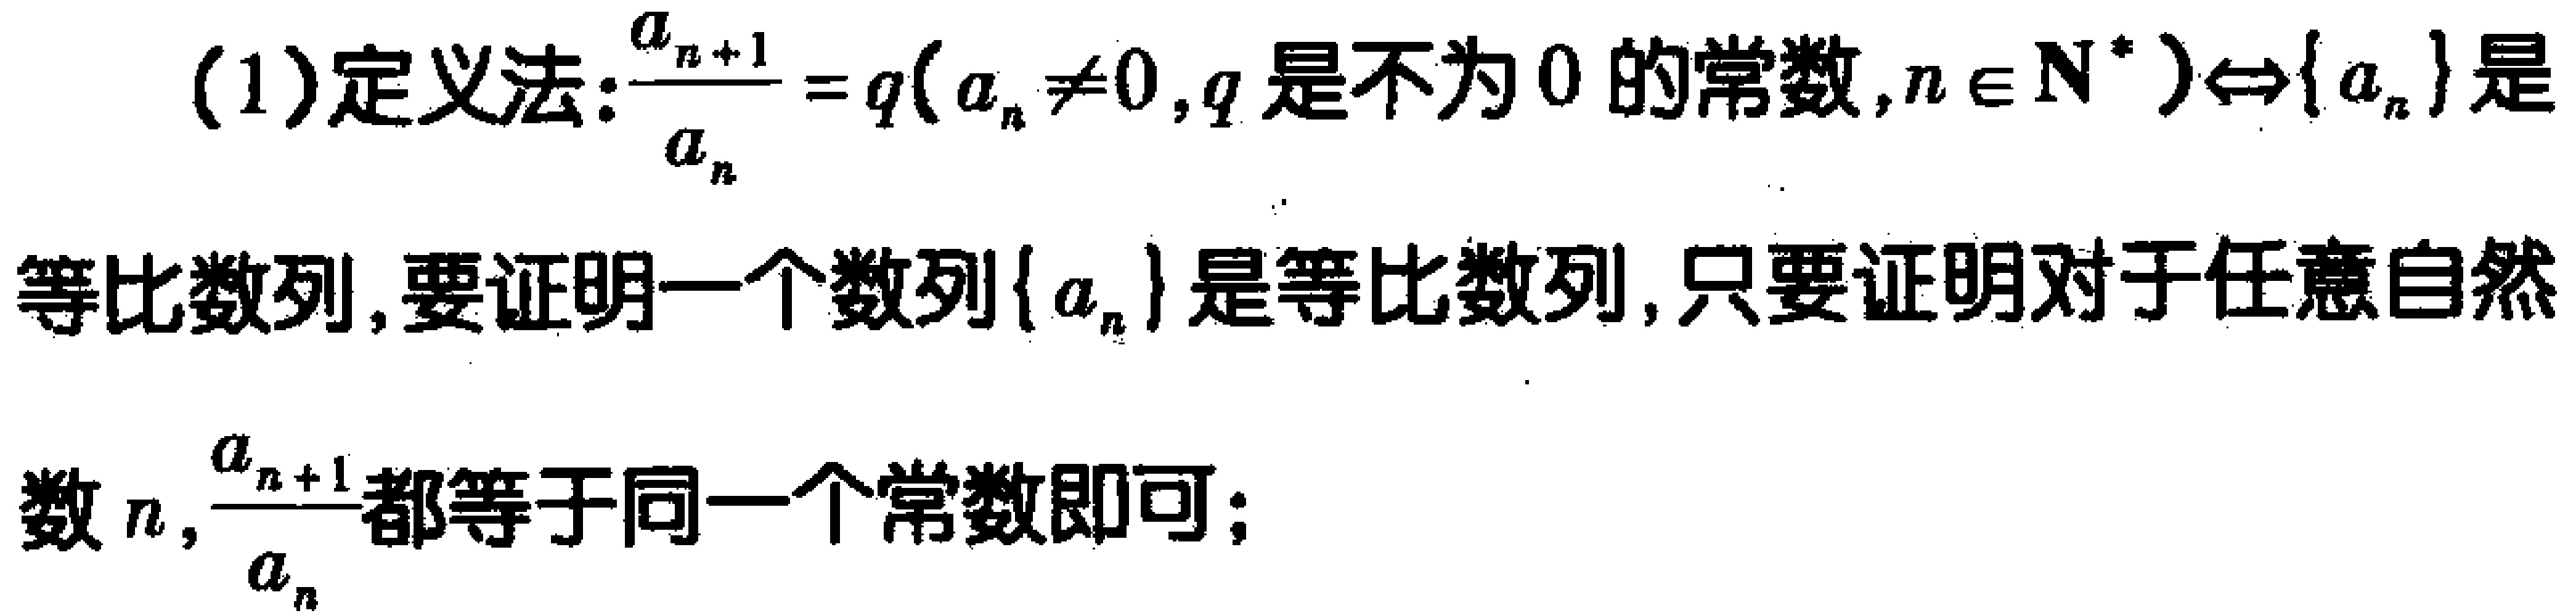
(1)定义法:$\frac{a_{n + 1}}{a_{n}} = q(a_{n} \neq 0,q\text{ 是不为 }0\text{ 的常数},n \in \mathbf{N}^{*})\Leftrightarrow \{a_{n}\}$是等比数列,要证明一个数列$\{a_{n}\}$是等比数列,只要证明对于任意自然数$n,\frac{a_{n + 1}}{a_{n}}$都等于同一个常数即可;